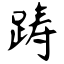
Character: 踌